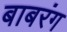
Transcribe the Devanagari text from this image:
बाबरंग